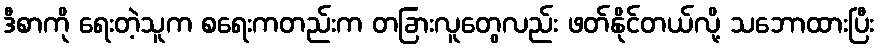
ဒီစာကို ရေးတဲ့သူက စရေးကတည်းက တခြားလူတွေလည်း ဖတ်နိုင်တယ်လို့ သဘောထားပြီး